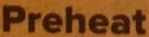
Preheat